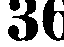
36